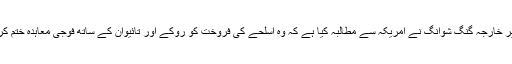
وزیرِ خارجہ گنگ شوانگ نے امریکہ سے مطالبہ کیا ہے کہ وہ اسلحے کی فروخت کو روکے اور تائیوان کے ساتھ فوجی معاہدہ ختم کرے۔